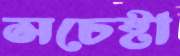
সচেষ্টা